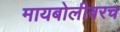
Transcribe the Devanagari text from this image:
मायबोलीवरच